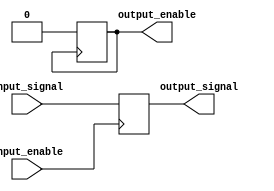
module TTL_buffer (
    input wire input_signal,
    output reg output_signal,
    input wire input_enable,
    output reg output_enable
);

always @(posedge input_enable) begin
    output_signal <= input_signal;
end

always @(negedge output_enable) begin
    output_enable <= 1'b0;
end

endmodule